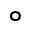
\circ